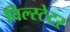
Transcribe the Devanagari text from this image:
विल्स्टेटर